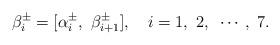
LaTeX: \begin{align*}\beta_i^\pm = [\alpha_i^\pm ,~ \beta_{i+1}^\pm],~~~i=1,~2,~\cdots,~7.\end{align*}